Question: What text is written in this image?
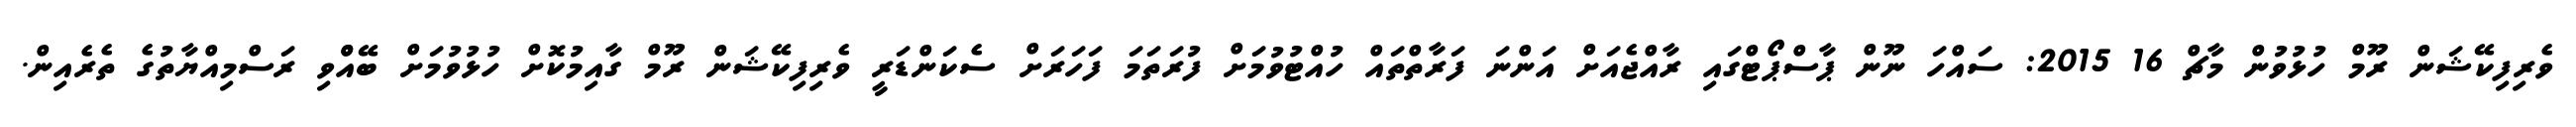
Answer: ވެރިފިކޭޝަން ރޫމް ހުޅުވުން މާޗް 16 2015: ސައްހަ ނޫން ޕާސްޕޯޓްގައި ރާއްޖެއަށް އަންނަ ފަރާތްތައް ހުއްޓުވުމަށް ފުރަތަމަ ފަހަރަށް ސެކަންޑަރީ ވެރިފިކޭޝަން ރޫމް ގާއިމުކޮށް ހުޅުވުމަށް ބޭއްްވި ރަސްމިއްޔާތުގެ ތެރެއިން.